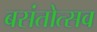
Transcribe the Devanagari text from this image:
बसंतोत्सव